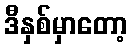
ဒီနှစ်မှာတော့